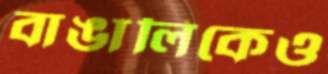
বাঙালিকেও